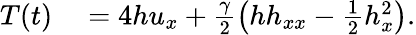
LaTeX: \begin{array}{rl}{T(t)}&{{}=4hu_{x}+\frac{\gamma}{2}\left(hh_{xx}-\frac{1}{2}h_{x}^{2}\right).}\end{array}